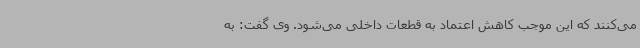
می‌کنند که این موجب کاهش اعتماد به قطعات داخلی می‌شود. وی گفت: به